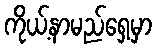
ကိုယ့်နာမည်ရှေ့မှာ